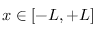
x \in [ - L , + L ]